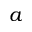
a